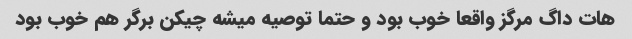
هات داگ مرگز واقعا خوب بود و حتما توصیه میشه چیکن برگر هم خوب بود